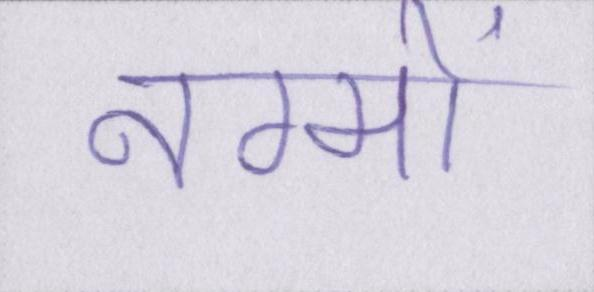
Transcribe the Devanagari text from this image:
नग्मों